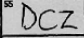
Transcription: DCZ